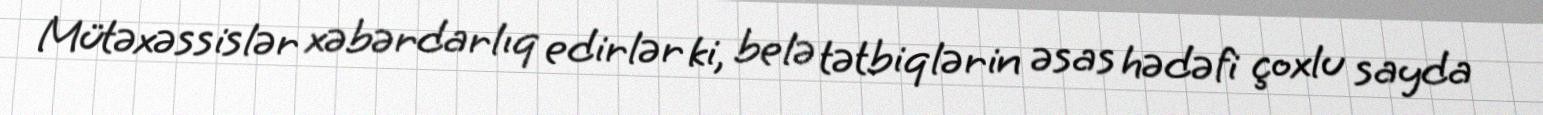
Mütəxəssislər xəbərdarlıq edirlər ki, belə tətbiqlərin əsas hədəfi çoxlu sayda